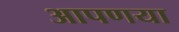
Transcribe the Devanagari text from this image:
आपणया